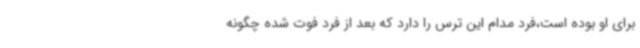
برای او بوده است،فرد مدام این ترس را دارد که بعد از فرد فوت شده چگونه